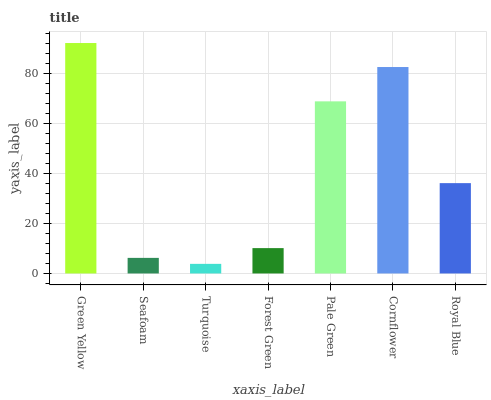
| xaxis_label | bars |
 | --- | --- |
 | Green Yellow | 92.1 |
 | Seafoam | 6.23 |
 | Turquoise | 3.84 |
 | Forest Green | 10.1 |
 | Pale Green | 68.8 |
 | Cornflower | 82.5 |
 | Royal Blue | 36.1 |